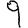
Digit: 9